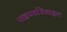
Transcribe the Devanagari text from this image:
पाइपराजिनाइल